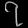
Digit: ၇